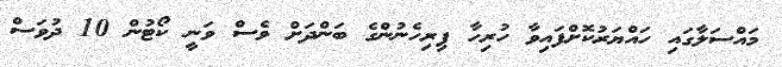
މައްސަލާގައި ހައްޔަރުކޮށްފައިވާ ހުރިހާ ފިރިހެނުންގެ ބަންދަށް ވެސް ވަނީ ކޯޓުން 10 ދުވަސް